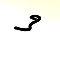
3